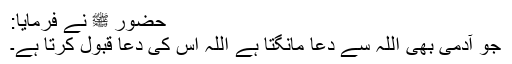
حضور ﷺ نے فرمایا:
جو آدمی بھی اللہ سے دعا مانگتا ہے اللہ اس کی دعا قبول کرتا ہے۔